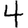
Digit: 4